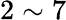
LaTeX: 2\sim 7